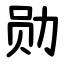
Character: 勋